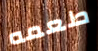
طعمه